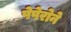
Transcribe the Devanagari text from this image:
पेपेरोने